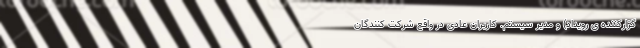
گزارکننده ی رویداد) و مدیر سیستم. کاربران عادی در واقع شرکت کنندگان